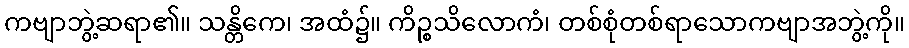
ကဗျာဘွဲ့ဆရာ၏။ သန္တိကေ၊ အထံ၌။ ကိဉ္စသိလောကံ၊ တစ်စုံတစ်ရာသောကဗျာအဘွဲ့ကို။